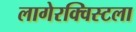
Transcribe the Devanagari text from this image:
लागेरक्विस्टला